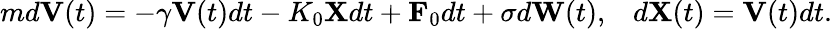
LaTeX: \begin{array}{r}{md\mathbf{V}(t)=-\gamma\mathbf{V}(t)dt-K_{0}\mathbf{X}dt+\mathbf{F}_{0}dt+\sigma d\mathbf{W}(t),\; \; \; d\mathbf{X}(t)=\mathbf{V}(t)dt.}\end{array}